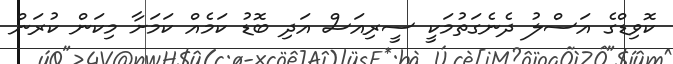
ކޮވިޑްގެ އަސްލު ދެނެގަތުމަކީ ސީރިއަސް އަދި ބޮޑު ކަމެއް ކަމަށާ މިކަން ކުރަން